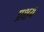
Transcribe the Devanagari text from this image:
प्रक्षय